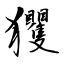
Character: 玃